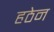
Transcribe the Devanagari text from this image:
हठेन